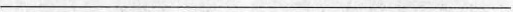
___